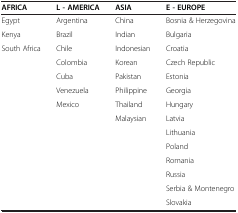
<table><thead><tr><td><b>AFRICA</b></td><td><b>L - AMERICA</b></td><td><b>ASIA</b></td><td><b>E - EUROPE</b></td></tr></thead><tbody><tr><td>Egypt</td><td>Argentina</td><td>China</td><td>Bosnia &amp; Herzegovina</td></tr><tr><td>Kenya</td><td>Brazil</td><td>Indian</td><td>Bulgaria</td></tr><tr><td>South Africa</td><td>Chile</td><td>Indonesian</td><td>Croatia</td></tr><tr><td> </td><td>Colombia</td><td>Korean</td><td>Czech Republic</td></tr><tr><td> </td><td>Cuba</td><td>Pakistan</td><td>Estonia</td></tr><tr><td> </td><td>Venezuela</td><td>Philippine</td><td>Georgia</td></tr><tr><td> </td><td>Mexico</td><td>Thailand</td><td>Hungary</td></tr><tr><td> </td><td> </td><td>Malaysian</td><td>Latvia</td></tr><tr><td> </td><td> </td><td> </td><td>Lithuania</td></tr><tr><td> </td><td> </td><td> </td><td>Poland</td></tr><tr><td> </td><td> </td><td> </td><td>Romania</td></tr><tr><td> </td><td> </td><td> </td><td>Russia</td></tr><tr><td> </td><td> </td><td> </td><td>Serbia &amp; Montenegro</td></tr><tr><td> </td><td> </td><td> </td><td>Slovakia</td></tr></tbody></table>